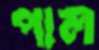
পাল